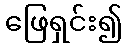
ဖြေရှင်း၍